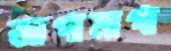
জাগামাগা